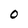
Character: o